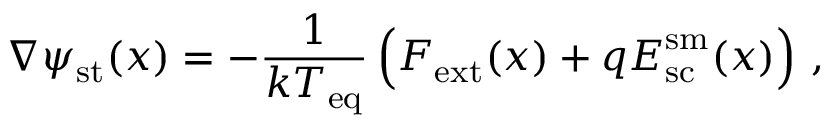
\nabla \psi _ { \mathrm { s t } } ( \boldsymbol { x } ) = - \frac { 1 } { k T _ { \mathrm { e q } } } \left( \vphantom { F ^ { x ^ { x } } } \boldsymbol { F } _ { \mathrm { e x t } } ( \boldsymbol { x } ) + q \boldsymbol { E } _ { \mathrm { s c } } ^ { \mathrm { s m } } ( \boldsymbol { x } ) \right) \, ,